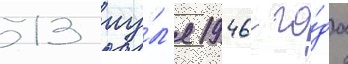
13 иу́л'я 1946 го́да